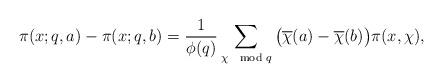
LaTeX: \begin{align*}\pi(x;q,a) - \pi(x;q,b) = \frac1{\phi(q)} \sum_{\chi\mod q} \big( \overline{\chi}(a)-\overline{\chi}(b) \big) \pi(x,\chi),\end{align*}